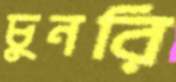
চুনরি